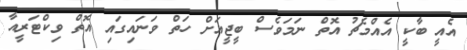
އެއީ ބާކީ އެއްމެޗު އޮތް ނަމަވެސް ބީޖީއަށް ހަތް ވަނައިގައި އޮތް ވިކްޓަރީއާ